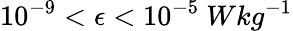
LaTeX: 10^{-9}<\epsilon<10^{-5}~Wkg^{-1}